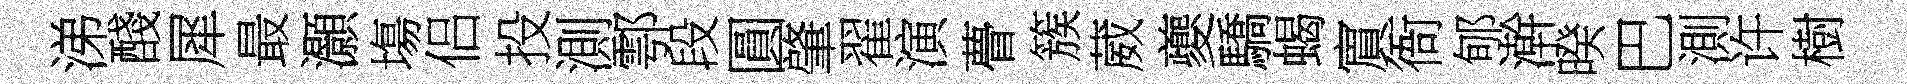
涕醆犀最灝塲侣投測鄠段圓肇翟演瞢簇葳夔驕蝎賔衙郇澣暌巴測许樹